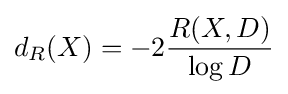
d_{R}(X)=-2{\frac {R(X,D)}{\log D}}